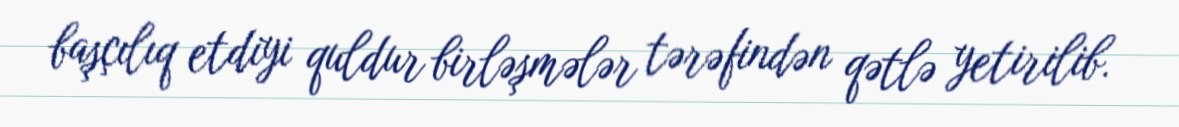
başçılıq etdiyi quldur birləşmələr tərəfindən qətlə yetirilib.